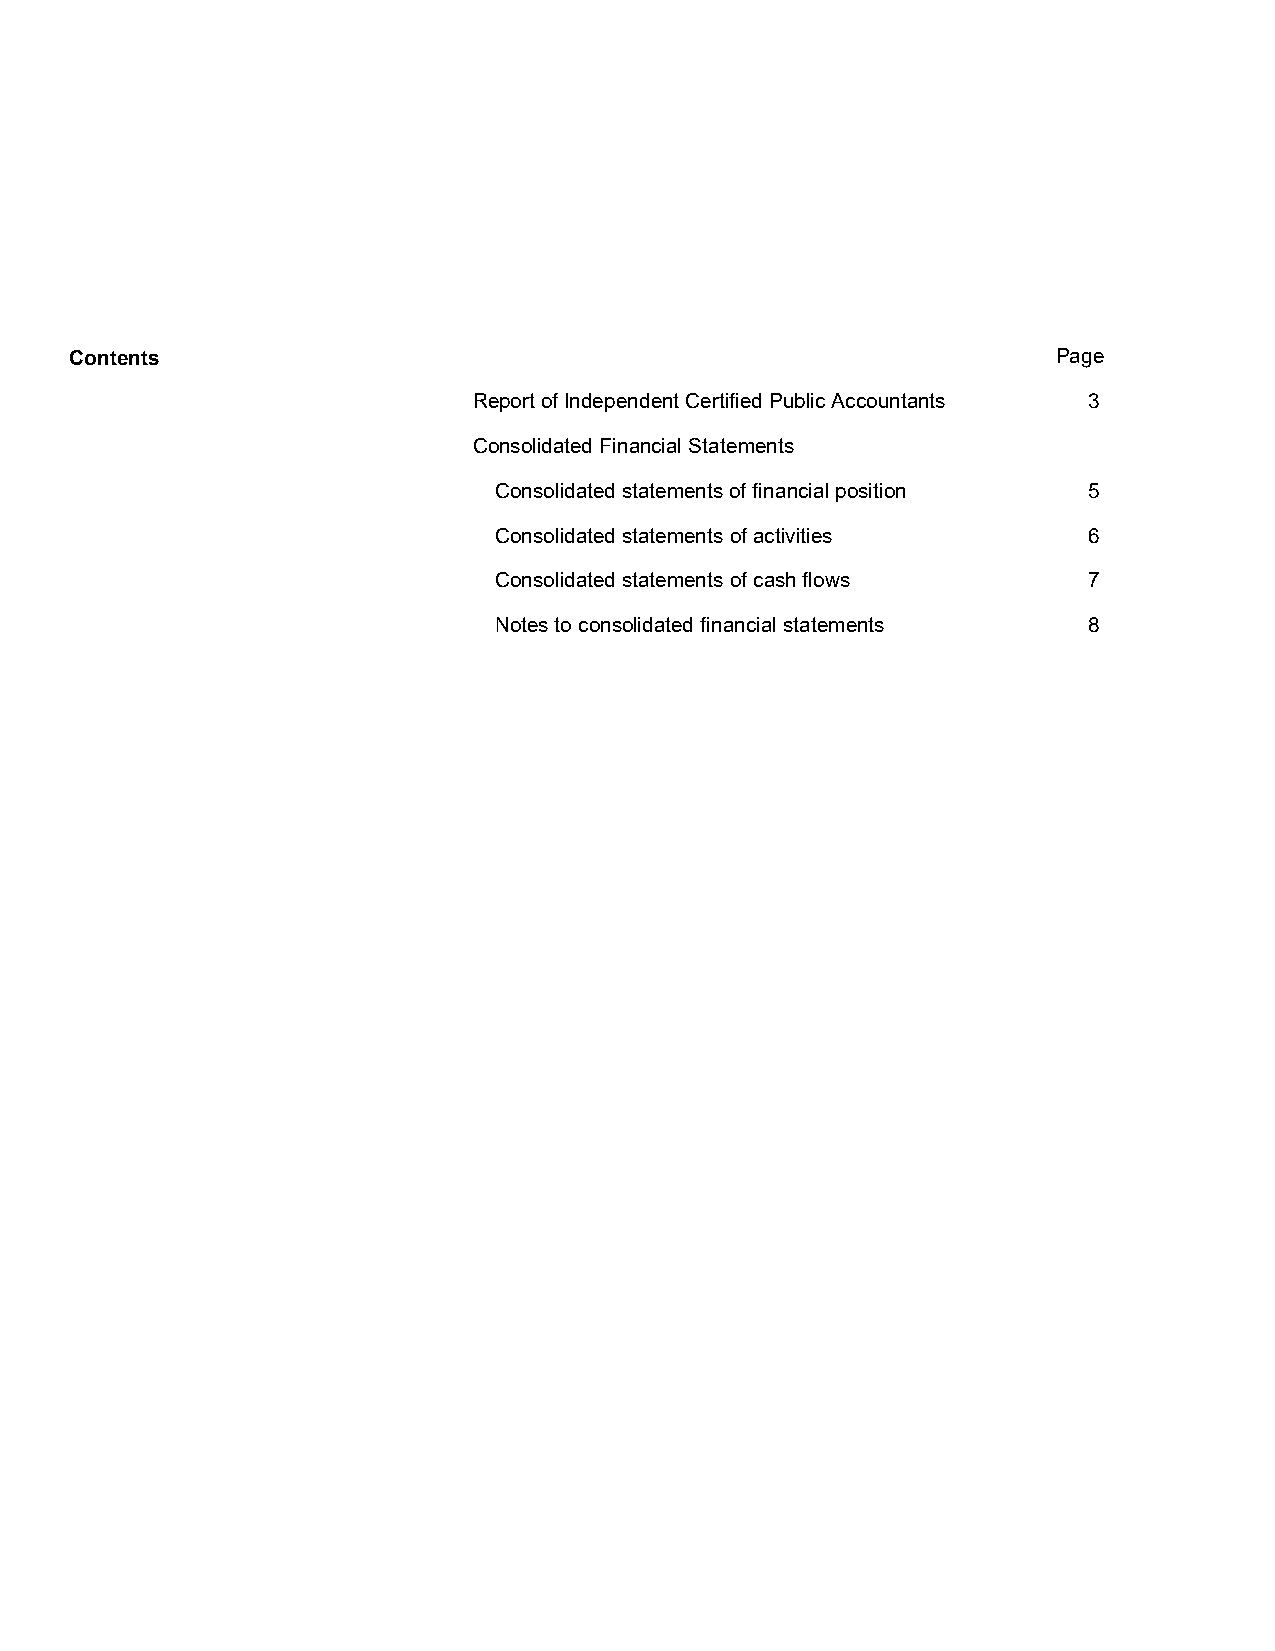
Contents                                                         Page
 Report of Independent Certified Public Accountants 3
 Consolidated Financial Statements
 Consolidated statements of financial position 5
 Consolidated statements of activities  6
 Consolidated statements of cash flows  7
 Notes to consolidated financial statements 8